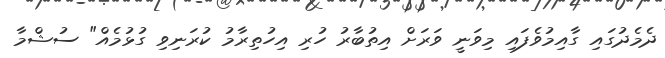
ދެމެދުގައި ގާއިމުވެފައި މިވަނީ ވަރަށް އިތުބާރު ހުރި އިހުތިރާމު ކުރަނިވި ގުޅުމެއް" ސުޝްމާ